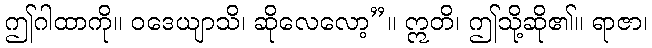
ဤဂါထာကို။ ဝဒေယျာသိ၊ ဆိုလေလော့”။ ဣတိ၊ ဤသို့ဆို၏။ ရာဇာ၊